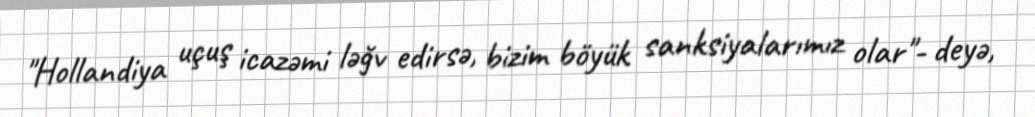
"Hollandiya uçuş icazəmi ləğv edirsə, bizim böyük sanksiyalarımız olar"- deyə,